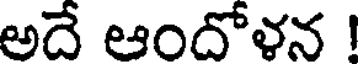
అదే ఆందోళన !